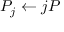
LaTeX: P _ { j } \leftarrow j P